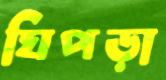
ঘিপড়া